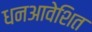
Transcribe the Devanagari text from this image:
धनआवेशित